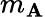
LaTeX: m_{\mathbf{A}}